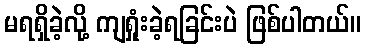
မရရှိခဲ့လို့ ကျရှုံးခဲ့ရခြင်းပဲ ဖြစ်ပါတယ်။